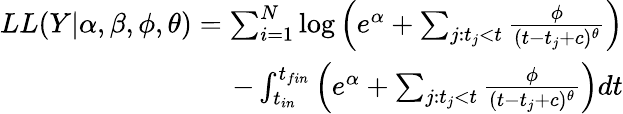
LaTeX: \begin{array}{r}{LL(Y|\alpha,\beta,\phi,\theta)=\sum_{i=1}^{N}\log\left(e^{\alpha}+\sum_{j:t_{j}<t}\frac{\phi}{(t-t_{j}+c)^{\theta}}\right)}\\ {-\int_{t_{in}}^{t_{fin}}\left(e^{\alpha}+\sum_{j:t_{j}<t}\frac{\phi}{(t-t_{j}+c)^{\theta}}\right)dt}\end{array}